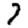
Digit: 7